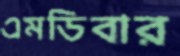
এমডিবার